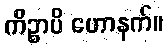
ကိဉ္စာပိ ဟောနက်။